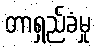
တာရှည်ခံမှု